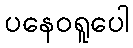
ပနေဝရူပေါ